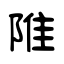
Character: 陮